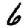
Digit: 6